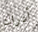
أدراك